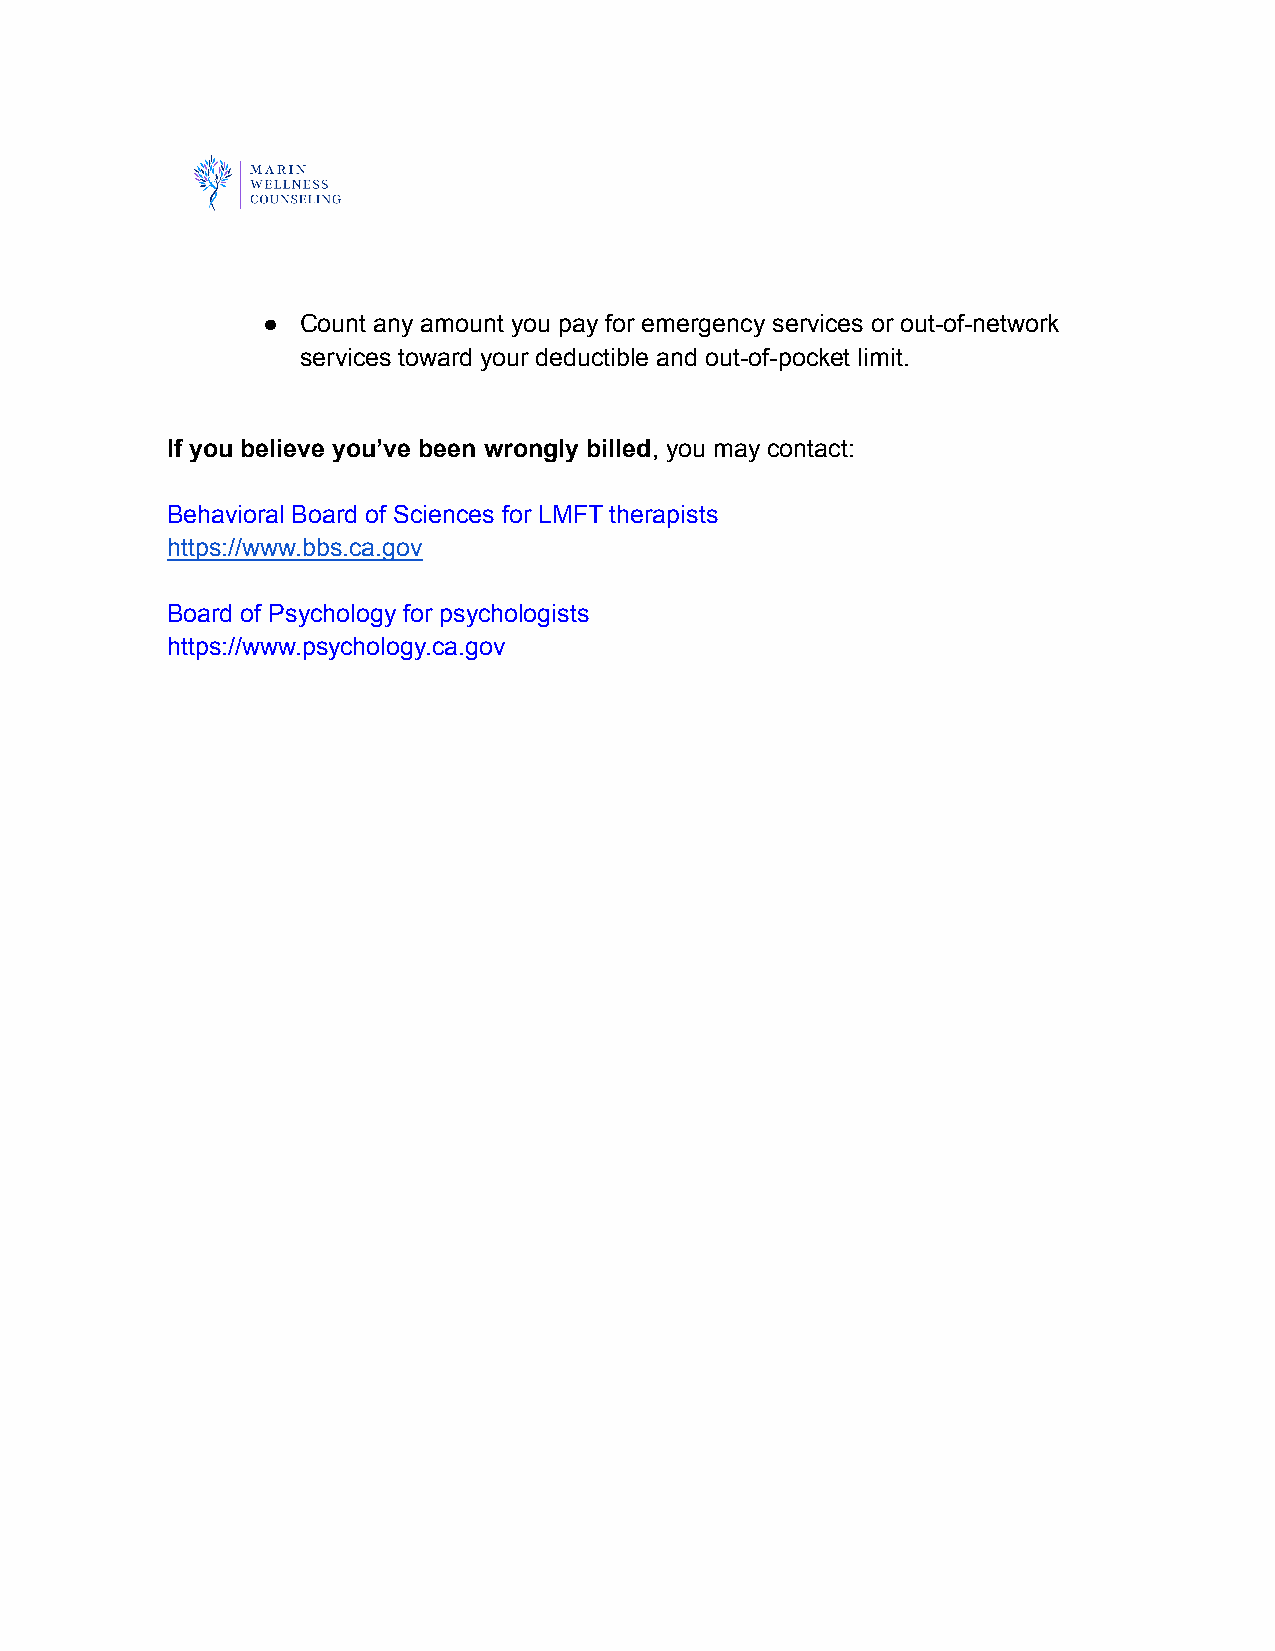
●  Count any amount you pay for emergency services or out-of-network
 services toward your deductible and out-of-pocket limit.
 If you believe you’ve been wrongly billed, you may contact:
 Behavioral Board of Sciences for LMFT therapists
 https://www.bbs.ca.gov
 Board of Psychology for psychologists
 https://www.psychology.ca.gov